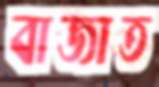
বাজাত